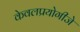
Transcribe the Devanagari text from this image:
केवलप्रयोगीजे